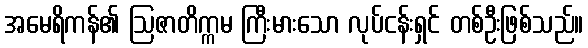
အမေရိကန်၏ ဩဇာတိက္ကမ ကြီးမားသော လုပ်ငန်းရှင် တစ်ဦးဖြစ်သည်။